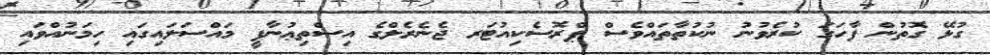
ގުޅޭ ގޮތުން ފާހަގަ ކުރެވުނު ނުކުތާތައްވެސް ޕްރޮސެކިއުޓަރ ޖެނެރެލްގެ އިސްތިޢުނާފީ މައްސަލައިގައި ހިމަނުއްވައި